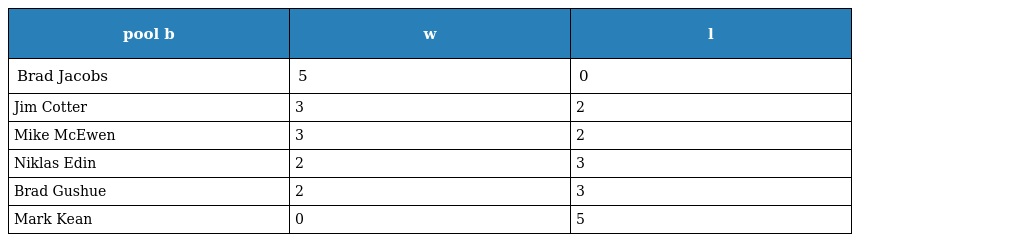
| pool b | w | l |
 | --- | --- | --- |
 | Brad Jacobs | 5 | 0 |
 | Jim Cotter | 3 | 2 |
 | Mike McEwen | 3 | 2 |
 | Niklas Edin | 2 | 3 |
 | Brad Gushue | 2 | 3 |
 | Mark Kean | 0 | 5 |